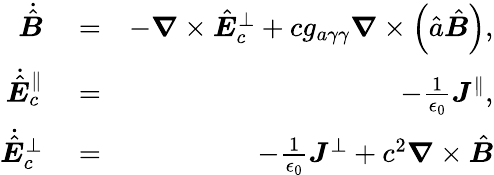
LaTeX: \begin{array}{rlr}{\dot{\hat{\boldsymbol B}}}&{{}=}&{-\boldsymbol\nabla\times\hat{\boldsymbol E}_{c}^{\perp}+cg_{a\gamma\gamma}\boldsymbol\nabla\times\left(\hat{a}\hat{\boldsymbol B}\right),}\\ {\dot{\hat{\boldsymbol E}}_{c}^{\parallel}}&{{}=}&{-\frac{1}{\epsilon_{0}}\boldsymbol J^{\parallel},}\\ {\dot{\hat{\boldsymbol E}}_{c}^{\perp}}&{{}=}&{-\frac{1}{\epsilon_{0}}\boldsymbol J^{\perp}+c^{2}\boldsymbol\nabla\times\hat{\boldsymbol B}}\end{array}